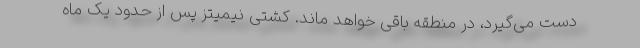
دست می‌گیرد، در منطقه باقی خواهد ماند. کشتی نیمیتز پس از حدود یک ماه